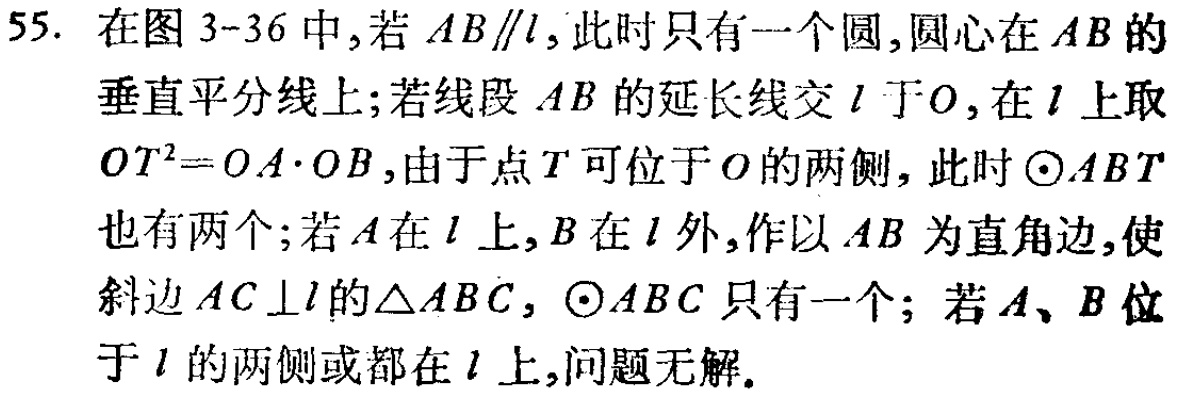
55. 在图 3-36 中,若 \(AB\parallel l\),此时只有一个圆,圆心在 \(AB\) 的垂直平分线上;若线段 \(AB\) 的延长线交 \(l\) 于 \(O\),在 \(l\) 上取 \(OT^{2}=OA\cdot OB\),由于点 \(T\) 可位于 \(O\) 的两侧, 此时 \(\odot ABT\)也有两个;若 \(A\) 在 \(l\) 上,\(B\) 在 \(l\) 外,作以 \(AB\) 为直角边,使斜边 \(AC\perp l\) 的\(\triangle ABC\), \(\odot ABC\) 只有一个; 若 \(A\)、\(B\) 位于 \(l\) 的两侧或都在 \(l\) 上,问题无解.